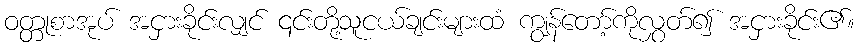
ဝတ္တုစာအုပ် အငှားခိုင်းလျှင် ၎င်းတို့သူငယ်ချင်းများထံ ကျွန်တော့်ကိုလွှတ်၍ အငှားခိုင်း၏။